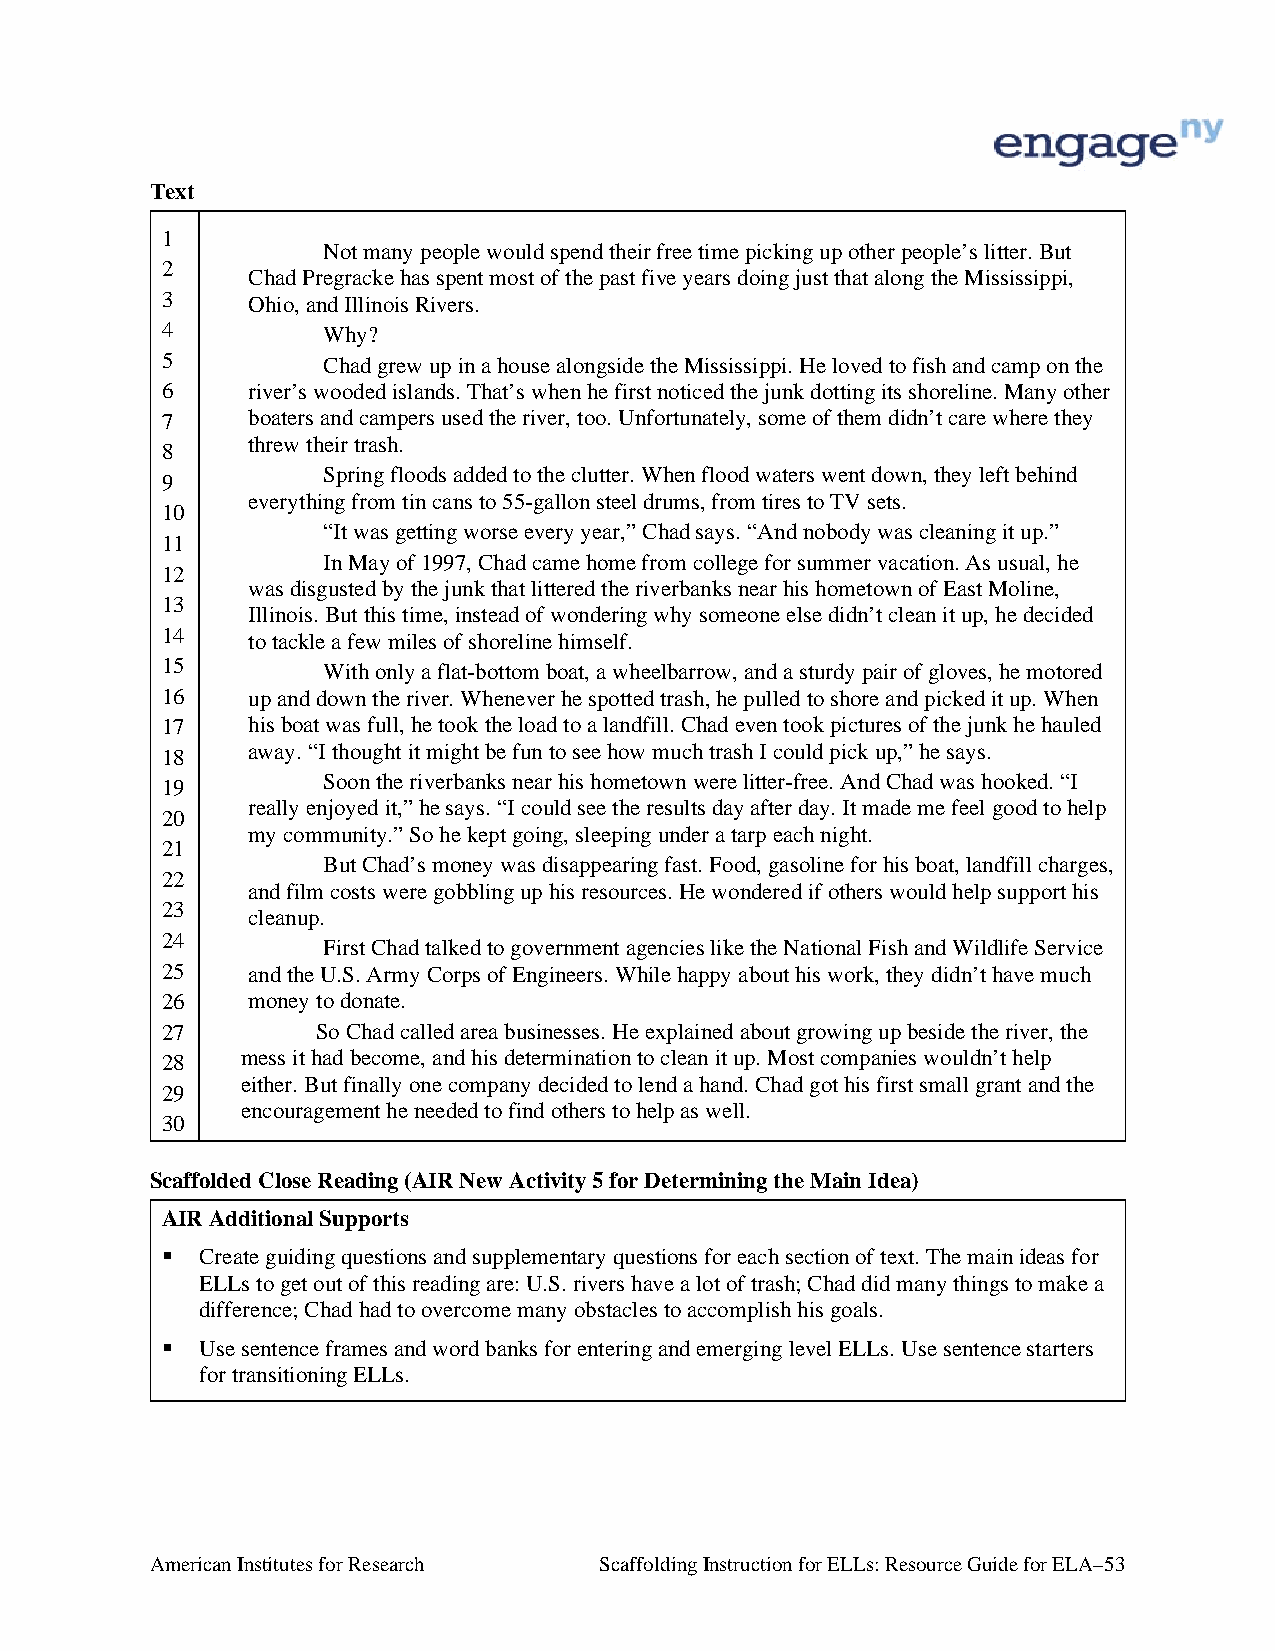
Text
 1
 Not many people would spend their free time picking up other people’s litter. But
 2
 Chad Pregracke has spent most of the past five years doing just that along the Mississippi,
 3    Ohio, and Illinois Rivers.
 4         Why?
 5         Chad grew up in a house alongside the Mississippi. He loved to fish and camp on the
 6    river’s wooded islands. That’s when he first noticed the junk dotting its shoreline. Many other
 7    boaters and campers used the river, too. Unfortunately, some of them didn’t care where they
 threw their trash.
 8
 Spring floods added to the clutter. When flood waters went down, they left behind
 9
 everything from tin cans to 55-gallon steel drums, from tires to TV sets.
 10
 “It was getting worse every year,” Chad says. “And nobody was cleaning it up.”
 11
 In May of 1997, Chad came home from college for summer vacation. As usual, he
 12
 was disgusted by the junk that littered the riverbanks near his hometown of East Moline,
 13
 Illinois. But this time, instead of wondering why someone else didn’t clean it up, he decided
 14   to tackle a few miles of shoreline himself.
 15        With only a flat-bottom boat, a wheelbarrow, and a sturdy pair of gloves, he motored
 16   up and down the river. Whenever he spotted trash, he pulled to shore and picked it up. When
 17   his boat was full, he took the load to a landfill. Chad even took pictures of the junk he hauled
 away. “I thought it might be fun to see how much trash I could pick up,” he says.
 18
 Soon the riverbanks near his hometown were litter-free. And Chad was hooked. “I
 19
 really enjoyed it,” he says. “I could see the results day after day. It made me feel good to help
 20
 my community.” So he kept going, sleeping under a tarp each night.
 21
 But Chad’s money was disappearing fast. Food, gasoline for his boat, landfill charges,
 22
 and film costs were gobbling up his resources. He wondered if others would help support his
 23
 cleanup.
 24
 First Chad talked to government agencies like the National Fish and Wildlife Service
 25   and the U.S. Army Corps of Engineers. While happy about his work, they didn’t have much
 26   money to donate.
 27        So Chad called area businesses. He explained about growing up beside the river, the
 28   mess it had become, and his determination to clean it up. Most companies wouldn’t help
 either. But finally one company decided to lend a hand. Chad got his first small grant and the
 29
 encouragement he needed to find others to help as well.
 30
 Scaffolded Close Reading (AIR New Activity 5 for Determining the Main Idea)
 AIR Additional Supports
  Create guiding questions and supplementary questions for each section of text. The main ideas for
 ELLs to get out of this reading are: U.S. rivers have a lot of trash; Chad did many things to make a
 difference; Chad had to overcome many obstacles to accomplish his goals.
  Use sentence frames and word banks for entering and emerging level ELLs. Use sentence starters
 for transitioning ELLs.
 American Institutes for Research Scaffolding Instruction for ELLs: Resource Guide for ELA–53